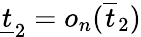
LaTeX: \underline{{t}}_{2}=o_{n}(\overline{{t}}_{2})